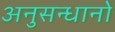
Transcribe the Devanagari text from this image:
अनुसन्धानो